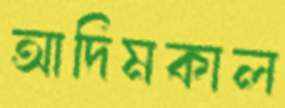
আদিমকাল